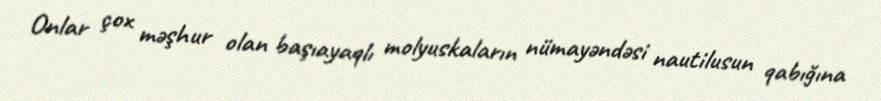
Onlar çox məşhur olan başıayaqlı molyuskaların nümayəndəsi nautilusun qabığına